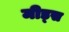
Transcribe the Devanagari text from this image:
मीड्स